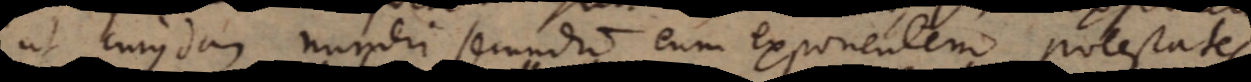
ut cujusdam numeri secundum eum exponentem potestates